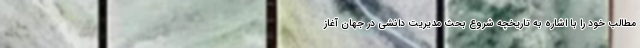
مطالب خود را با اشاره به تاریخچه شروع بحث مدیریت دانشی در جهان آغاز